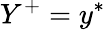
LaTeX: Y^{+}=y^{*}